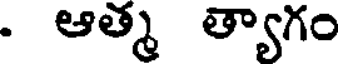
. ఆత్మ త్యాగం